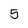
Character: 5